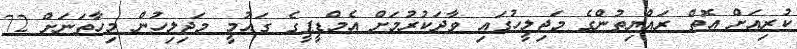
ކުރިއަށް އޮތް ރައްޔިތުންގެ މަޖިލީހުގައި ވާދަކުރުމަށް އެމްޑީޕީގެ ގައުމީ މަޖިލިހުން މިހާތަނަށް 72